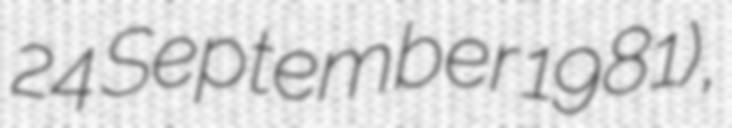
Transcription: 24 September 1981),